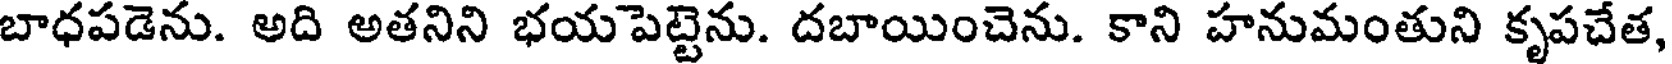
బాధపడెను. అది అతనిని భయపెట్టెను. దబాయించెను. కాని హనుమంతుని కృపచేత,